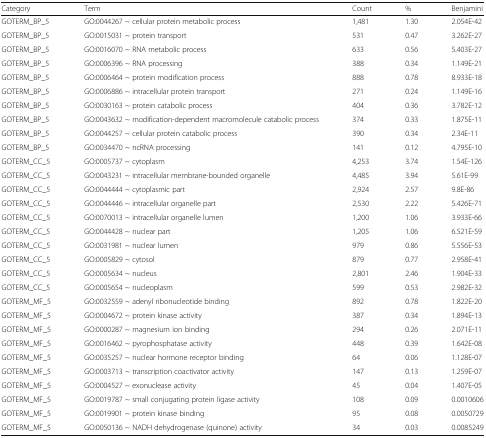
<table><thead><tr><td><b>Category</b></td><td><b>Term</b></td><td><b>Count</b></td><td><b>%</b></td><td><b>Benjamini</b></td></tr></thead><tbody><tr><td>GOTERM_BP_5</td><td>GO:0044267 ~ cellular protein metabolic process</td><td>1,481</td><td>1.30</td><td>2.054E-42</td></tr><tr><td>GOTERM_BP_5</td><td>GO:0015031 ~ protein transport</td><td>531</td><td>0.47</td><td>3.262E-27</td></tr><tr><td>GOTERM_BP_5</td><td>GO:0016070 ~ RNA metabolic process</td><td>633</td><td>0.56</td><td>5.403E-27</td></tr><tr><td>GOTERM_BP_5</td><td>GO:0006396 ~ RNA processing</td><td>388</td><td>0.34</td><td>1.149E-21</td></tr><tr><td>GOTERM_BP_5</td><td>GO:0006464 ~ protein modification process</td><td>888</td><td>0.78</td><td>8.933E-18</td></tr><tr><td>GOTERM_BP_5</td><td>GO:0006886 ~ intracellular protein transport</td><td>271</td><td>0.24</td><td>1.149E-16</td></tr><tr><td>GOTERM_BP_5</td><td>GO:0030163 ~ protein catabolic process</td><td>404</td><td>0.36</td><td>3.782E-12</td></tr><tr><td>GOTERM_BP_5</td><td>GO:0043632 ~ modification-dependent macromolecule catabolic process</td><td>374</td><td>0.33</td><td>1.875E-11</td></tr><tr><td>GOTERM_BP_5</td><td>GO:0044257 ~ cellular protein catabolic process</td><td>390</td><td>0.34</td><td>2.34E-11</td></tr><tr><td>GOTERM_BP_5</td><td>GO:0034470 ~ ncRNA processing</td><td>141</td><td>0.12</td><td>4.795E-10</td></tr><tr><td>GOTERM_CC_5</td><td>GO:0005737 ~ cytoplasm</td><td>4,253</td><td>3.74</td><td>1.54E-126</td></tr><tr><td>GOTERM_CC_5</td><td>GO:0043231 ~ intracellular membrane-bounded organelle</td><td>4,485</td><td>3.94</td><td>5.61E-99</td></tr><tr><td>GOTERM_CC_5</td><td>GO:0044444 ~ cytoplasmic part</td><td>2,924</td><td>2.57</td><td>9.8E-86</td></tr><tr><td>GOTERM_CC_5</td><td>GO:0044446 ~ intracellular organelle part</td><td>2,530</td><td>2.22</td><td>5.426E-71</td></tr><tr><td>GOTERM_CC_5</td><td>GO:0070013 ~ intracellular organelle lumen</td><td>1,200</td><td>1.06</td><td>3.933E-66</td></tr><tr><td>GOTERM_CC_5</td><td>GO:0044428 ~ nuclear part</td><td>1,205</td><td>1.06</td><td>6.521E-59</td></tr><tr><td>GOTERM_CC_5</td><td>GO:0031981 ~ nuclear lumen</td><td>979</td><td>0.86</td><td>5.556E-53</td></tr><tr><td>GOTERM_CC_5</td><td>GO:0005829 ~ cytosol</td><td>879</td><td>0.77</td><td>2.958E-41</td></tr><tr><td>GOTERM_CC_5</td><td>GO:0005634 ~ nucleus</td><td>2,801</td><td>2.46</td><td>1.904E-33</td></tr><tr><td>GOTERM_CC_5</td><td>GO:0005654 ~ nucleoplasm</td><td>599</td><td>0.53</td><td>2.982E-32</td></tr><tr><td>GOTERM_MF_5</td><td>GO:0032559 ~ adenyl ribonucleotide binding</td><td>892</td><td>0.78</td><td>1.822E-20</td></tr><tr><td>GOTERM_MF_5</td><td>GO:0004672 ~ protein kinase activity</td><td>387</td><td>0.34</td><td>1.894E-13</td></tr><tr><td>GOTERM_MF_5</td><td>GO:0000287 ~ magnesium ion binding</td><td>294</td><td>0.26</td><td>2.071E-11</td></tr><tr><td>GOTERM_MF_5</td><td>GO:0016462 ~ pyrophosphatase activity</td><td>448</td><td>0.39</td><td>1.642E-08</td></tr><tr><td>GOTERM_MF_5</td><td>GO:0035257 ~ nuclear hormone receptor binding</td><td>64</td><td>0.06</td><td>1.128E-07</td></tr><tr><td>GOTERM_MF_5</td><td>GO:0003713 ~ transcription coactivator activity</td><td>147</td><td>0.13</td><td>1.259E-07</td></tr><tr><td>GOTERM_MF_5</td><td>GO:0004527 ~ exonuclease activity</td><td>45</td><td>0.04</td><td>1.407E-05</td></tr><tr><td>GOTERM_MF_5</td><td>GO:0019787 ~ small conjugating protein ligase activity</td><td>108</td><td>0.09</td><td>0.0010606</td></tr><tr><td>GOTERM_MF_5</td><td>GO:0019901 ~ protein kinase binding</td><td>95</td><td>0.08</td><td>0.0050729</td></tr><tr><td>GOTERM_MF_5</td><td>GO:0050136 ~ NADH dehydrogenase (quinone) activity</td><td>34</td><td>0.03</td><td>0.0085249</td></tr></tbody></table>